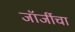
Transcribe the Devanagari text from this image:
जॉर्जीचा